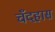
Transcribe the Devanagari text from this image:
चँदहास